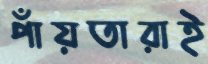
পাঁয়তারাই